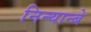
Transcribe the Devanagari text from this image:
निन्यान्बे